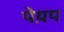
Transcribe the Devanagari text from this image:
पेय़प